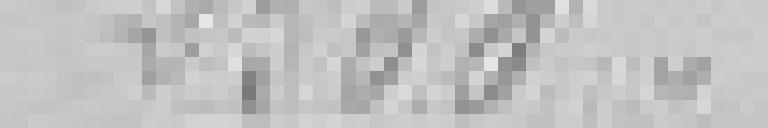
2500